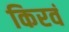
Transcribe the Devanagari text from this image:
किरवं